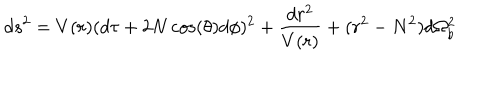
d s ^ { 2 } = V ( r ) ( d \tau + 2 N \cos ( \theta ) d \phi ) ^ { 2 } + \frac { d r ^ { 2 } } { V ( r ) } + ( r ^ { 2 } - N ^ { 2 } ) d \Omega _ { b } ^ { 2 }